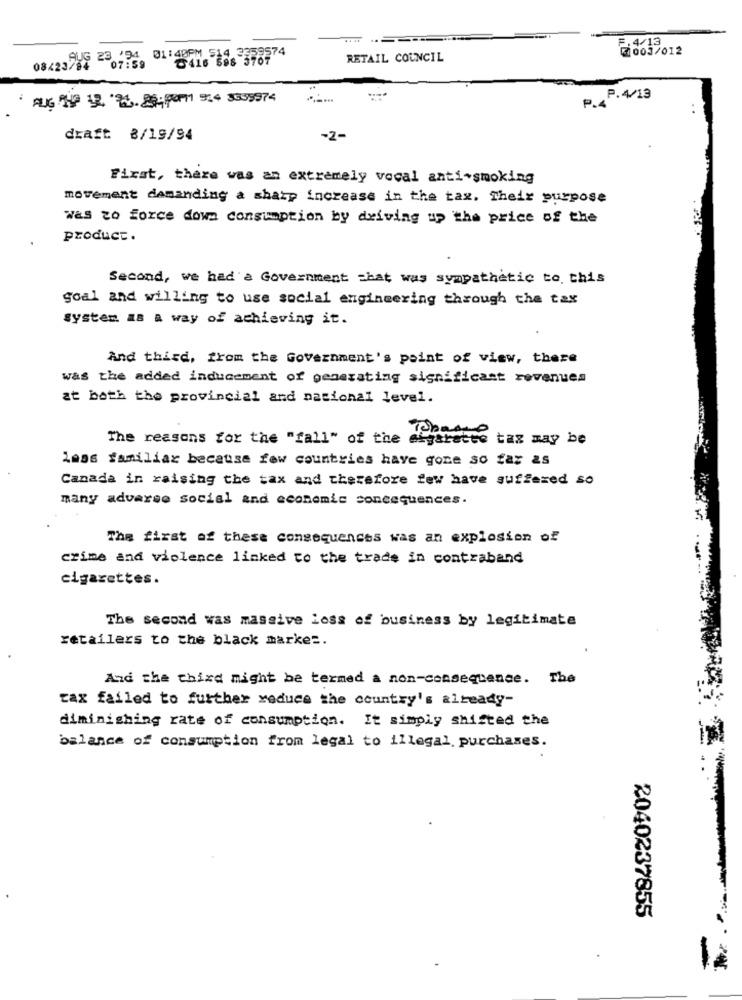
01:40PM 514 3359574
F.4/13
₹1 003/012
08/23916 23 154
0416 598 3707
RETAIL COUNCIL
. AUG 199 12. 72. 86;por1 924 3608974
P.4/13
P.4'
..
draft 8/19/94
-2-
First, there was an extremely vocal anti-smoking
movement demanding a sharp increase in the tax, Their purpose
was to force down consumption by driving up the price of the
product.
Second, we had a Government That was sympathetic to this
goal and willing to use social engineering through the tax
system #8 a way of achieving it.
And third, from the Government's point of view, there
was the added inducement of generating significant revenues
at both the provincial and national level.
The reasons for the "fall" of the sigarette
Tobeting tag may be
Lass familiax because few countries have gone so far as
Canada in raising the tax and therefore few have suffered so
many adverso social and economic concequences.
The first of these consequences was an explosion of
crime and violence linked to the trade in contraband
cigarettes.
The second was massive loss of business by legitimate
retailers to the black market.
And the third might be termed a non-consequence. The
tax failed to further reduce the country's already-
diminishing rate of consumption. It simply shifted the
balance of consumption from legal to illegal. purchases.
2040237855